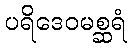
ပရိဒေဝမစ္ဆရံ